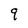
Character: 9